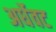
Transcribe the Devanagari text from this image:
अर्धेवट